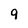
Character: 9